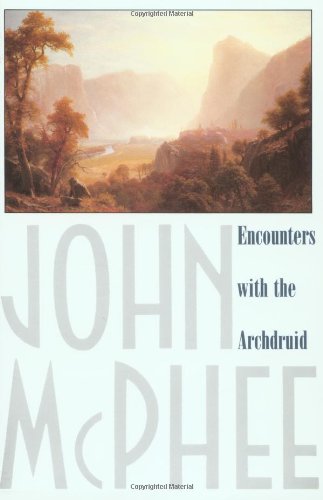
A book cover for Encounters with the Archdruid; John McPhee; Science & Math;